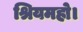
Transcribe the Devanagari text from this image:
श्रियमहो।